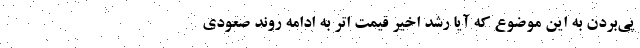
پی‌بردن به این موضوع که آیا رشد اخیر قیمت اتر به ادامه روند صعودی